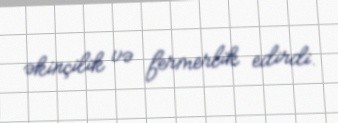
əkinçilik və fermerlik edirdi.